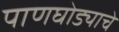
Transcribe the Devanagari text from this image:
पाणघोड्याचे